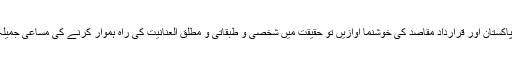
نظریہ پاکستان اور قرارداد مقاصد کی خوشنما آوازیں تو حقیقت میں شخصی و طبقاتی و مطلق العنانیت کی راہ ہموار کرنے کی مساعی جمیلہ نکلیں۔